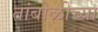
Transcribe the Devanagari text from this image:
तांबोळीच्या